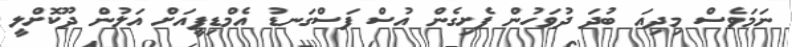
ނަމަވެސް މިދިއަ ބުދަ ދުވަހުން ފެށިގެން އުސް ފަސްގަނޑު އެމްޑިޕީއަށް އަލުން ދޫކޮށްލީ